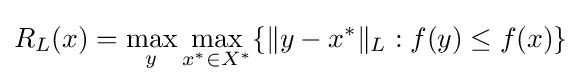
R_{L}(x)=\max _{y}\max _{x^{*}\in X^{*}}\{\|y-x^{*}\|_{L}:f(y)\leq f(x)\}